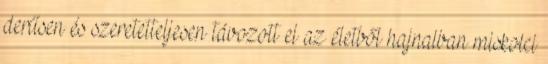
derűsen és szeretetteljesen távozott el az életből hajnalban miskolci